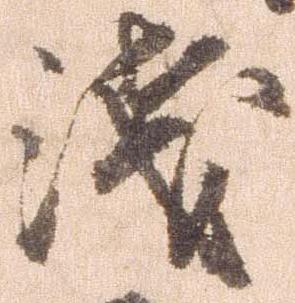
浅